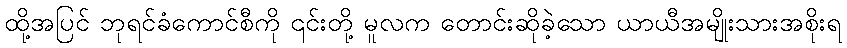
ထို့အပြင် ဘုရင်ခံကောင်စီကို ၎င်းတို့ မူလက တောင်းဆိုခဲ့သော ယာယီအမျိုးသားအစိုးရ